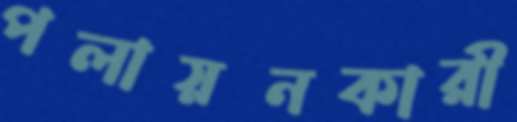
পলায়নকারী